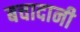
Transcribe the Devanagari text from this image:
बचादानी